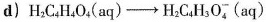
d) $$H _ { 2 } C _ { 4 } H _ { 4 } O _ { 4 } ( a q ) \rightarrow H _ { 2 } C _ { 4 } H _ { 3 } O _ { 4 } ^ { - } ( a q )